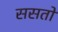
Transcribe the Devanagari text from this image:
ससतो